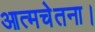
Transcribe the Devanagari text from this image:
आत्मचेतना।